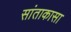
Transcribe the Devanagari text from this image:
सांताकासा